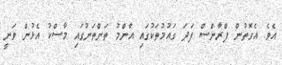
އެވެ. އެގޮތުން ފްރާންސް ފަދަ ގައުމުތަކުގައި އާންމު ތަންތަނުގައި މާސްކު އެޅުން ވަނީ